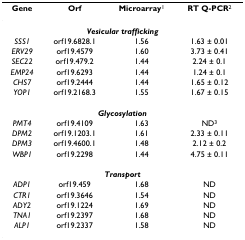
<table><thead><tr><td><b>Gene</b></td><td><b>Orf</b></td><td><b>Microarray<sup>1</sup></b></td><td><b>RT Q-PCR<sup>2</sup></b></td></tr></thead><tbody><tr><td colspan="4"><b><i>Vesicular trafficking</i></b></td></tr><tr><td><i>SSS1</i></td><td>orf19.6828.1</td><td>1.56</td><td>1.63 ± 0.01</td></tr><tr><td><i>ERV29</i></td><td>orf19.4579</td><td>1.60</td><td>3.73 ± 0.41</td></tr><tr><td><i>SEC22</i></td><td>orf19.479.2</td><td>1.44</td><td>2.24 ± 0.1</td></tr><tr><td><i>EMP24</i></td><td>orf19.6293</td><td>1.44</td><td>1.24 ± 0.1</td></tr><tr><td><i>CHS7</i></td><td>orf19.2444</td><td>1.44</td><td>1.65 ± 0.12</td></tr><tr><td><i>YOP1</i></td><td>orf19.2168.3</td><td>1.55</td><td>1.67 ± 0.15</td></tr><tr><td colspan="4"><b><i>Glycosylation</i></b></td></tr><tr><td><i>PMT4</i></td><td>orf19.4109</td><td>1.63</td><td>ND<sup>3</sup></td></tr><tr><td><i>DPM2</i></td><td>orf19.1203.1</td><td>1.61</td><td>2.33 ± 0.11</td></tr><tr><td><i>DPM3</i></td><td>orf19.4600.1</td><td>1.48</td><td>2.12 ± 0.2</td></tr><tr><td><i>WBP1</i></td><td>orf19.2298</td><td>1.44</td><td>4.75 ± 0.11</td></tr><tr><td colspan="4"><b><i>Transport</i></b></td></tr><tr><td><i>ADP1</i></td><td>orf19.459</td><td>1.68</td><td>ND</td></tr><tr><td><i>CTR1</i></td><td>orf19.3646</td><td>1.54</td><td>ND</td></tr><tr><td><i>ADY2</i></td><td>orf19.1224</td><td>1.69</td><td>ND</td></tr><tr><td><i>TNA1</i></td><td>orf19.2397</td><td>1.68</td><td>ND</td></tr><tr><td><i>ALP1</i></td><td>orf19.2337</td><td>1.58</td><td>ND</td></tr></tbody></table>